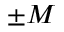
\pm M